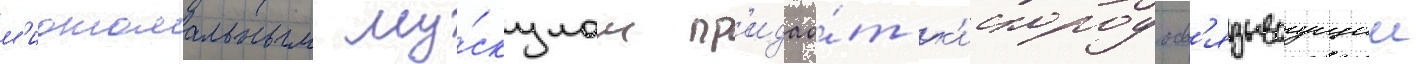
м'иотомальным му́скулам пр'идао́т к'ислородосв'язываущии